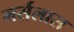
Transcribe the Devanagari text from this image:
मर्सलास